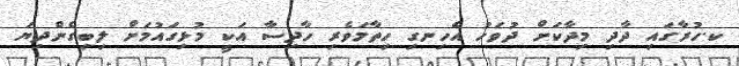
ކ.ހުރާގައި ދާދި މިދާކަށް ދުވަހު އެހިނގި ހިތާމަވެރި ހާދިސާ އަކީ މުޅިގައުމަށް ލިބިގެންދިޔަ